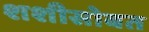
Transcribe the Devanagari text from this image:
शशीसोबत